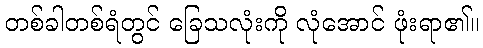
တစ်ခါတစ်ရံတွင် ခြေသလုံးကို လုံအောင် ဖုံးရာ၏။